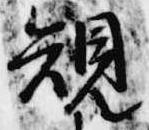
規